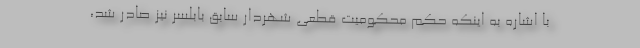
با اشاره به اینکه حکم محکومیت قطعی شهردار سابق بابلسر نیز صادر شد،